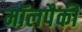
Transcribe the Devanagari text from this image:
मॉलपैकी